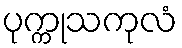
ပုက္ကုသကုလံ